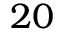
2 0